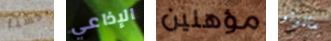
حسنا الإذاعي مؤهلين مانولو